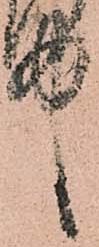
中